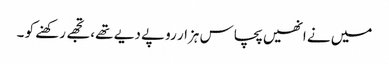
میں نے انھیں پچاس ہزار روپے دیے تھے ، تجھے رکھنے کو ۔